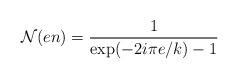
LaTeX: \begin{align*}{\cal N}(en)=\frac{1}{\mbox{exp}(-2i\pi e/k)-1}\end{align*}